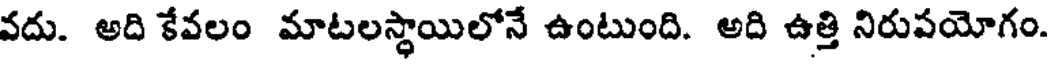
వదు. అది కేవలం మాటలస్థాయిలోనే ఉంటుంది. అది ఉత్తి నిరుపయోగం